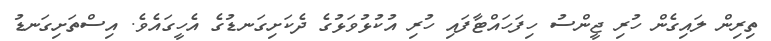
ތިރިން ލައިގެން ހުރި ޖީންސު ހިފަހައްޓާފައި ހުރި އުކުޅުވަޅުގެ ދެކަށިގަނޑުގެ އެހީގައެވެ. އިސްތަށިގަނޑު